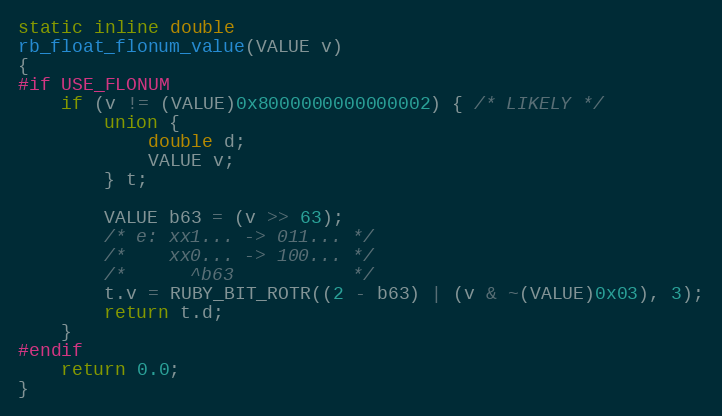
Language: C
static inline double
rb_float_flonum_value(VALUE v)
{
#if USE_FLONUM
    if (v != (VALUE)0x8000000000000002) { /* LIKELY */
        union {
            double d;
            VALUE v;
        } t;

        VALUE b63 = (v >> 63);
        /* e: xx1... -> 011... */
        /*    xx0... -> 100... */
        /*      ^b63           */
        t.v = RUBY_BIT_ROTR((2 - b63) | (v & ~(VALUE)0x03), 3);
        return t.d;
    }
#endif
    return 0.0;
}